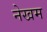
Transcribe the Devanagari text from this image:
नेखम